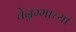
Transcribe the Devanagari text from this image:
चेन्नम्माच्या